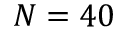
N = 4 0